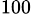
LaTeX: ^\mathrm{100}